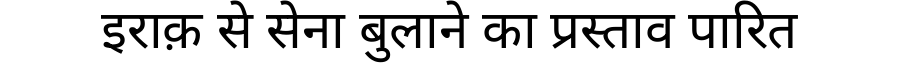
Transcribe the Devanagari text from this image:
इराक़ से सेना बुलाने का प्रस्ताव पारित